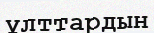
ұлттардын